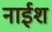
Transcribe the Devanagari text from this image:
नाईश